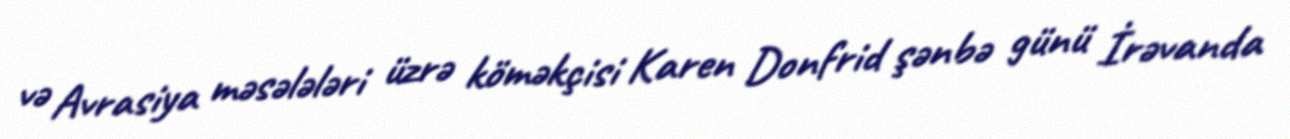
və Avrasiya məsələləri üzrə köməkçisi Karen Donfrid şənbə günü İrəvanda